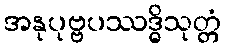
အနုပုဗ္ဗပဿဒ္ဓိသုတ္တံ